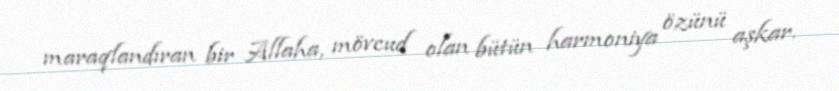
maraqlandıran bir Allaha, mövcud olan bütün harmoniya özünü aşkar.